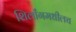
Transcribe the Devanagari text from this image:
शिलाँगमधीलच